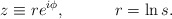
\begin{align*}z \equiv re^{i\phi}, \hspace{0.5in} r = \ln s.\end{align*}